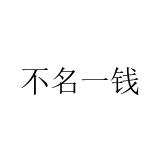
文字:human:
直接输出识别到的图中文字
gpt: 不名一钱